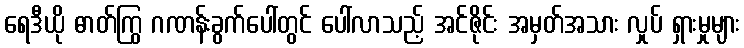
ရေဒီယို ဓာတ်ကြွ ဂဏန်းခွက်ပေါ်တွင် ပေါ်လာသည့် အင်ဇိုင်း အမှတ်အသား လှုပ် ရှားမှုများ